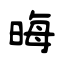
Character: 晦